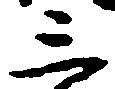
三